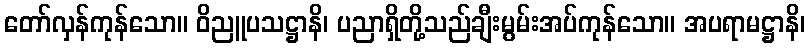
တော်လှန်ကုန်သော။ ဝိညူပသဋ္ဌာနိ၊ ပညာရှိတို့သည်ချီးမွမ်းအပ်ကုန်သော။ အပရာမဋ္ဌာနိ၊